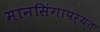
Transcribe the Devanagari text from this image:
मानसिंगापर्यंत